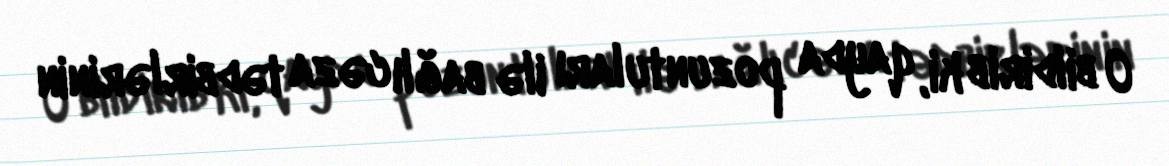
O bildirib ki, qayda pozuntuları ilə bağlı cəza tədbirlərinin